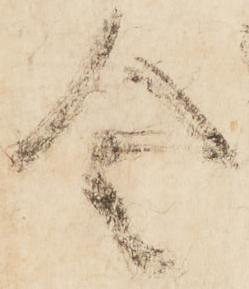
令